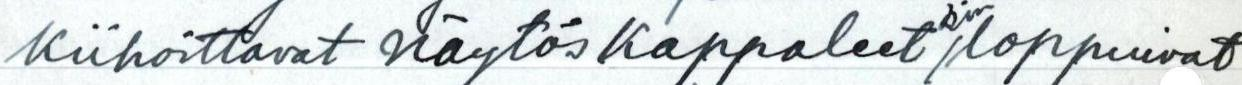
kiihottavat näytös kappaleetkin/loppuivat